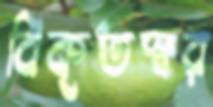
বিকৃতস্বর